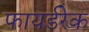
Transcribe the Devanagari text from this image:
फायर्डरेक